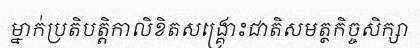
ម្នាក់ប្រតិបត្តិកាលិខិតសង្គ្រោះជាតិសមត្ថកិច្ចសិក្សា